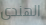
الهندى